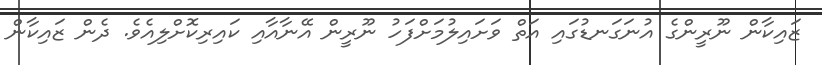
ޒައިކާން ނޫރީންގެ އުނަގަނޑުގައި އަތް ވަށައިލުމަށްފަހު ނޫރީން އޭނާއާއި ކައިރިކޮށްލިއެވެ. ދެން ޒައިކާން